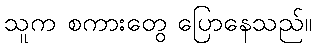
သူက စကားတွေ ပြောနေသည်။